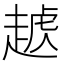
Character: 𧼥